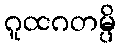
ဂူထဂတမ္ပိ